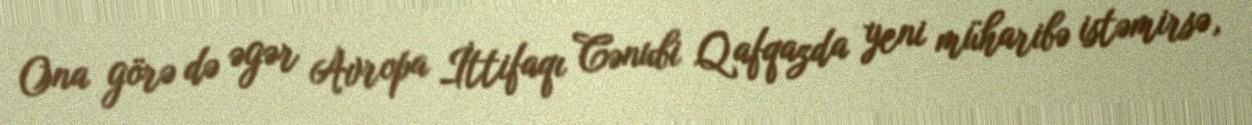
Ona görə də əgər Avropa İttifaqı Cənubi Qafqazda yeni müharibə istəmirsə,